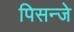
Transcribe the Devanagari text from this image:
पिसन्जे